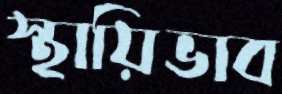
স্থায়িভাব